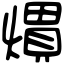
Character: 𤎽